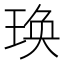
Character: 𤥺